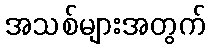
အသစ်များအတွက်